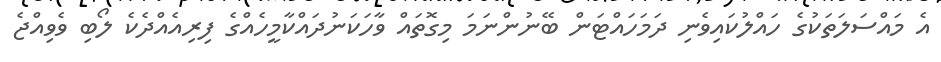
އެ މައްސަލަތަކުގެ ހައްލުކައިވެނި ދަމަހައްޓަން ބޭނުންނަމަ މިގޮތައް ވާހަކަނުދައްކާމީހެއްގެ ފިރިއެއްދެކެ ލޯބި ވެވިއްޖެ